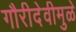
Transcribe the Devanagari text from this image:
गौरीदेवीमुळे